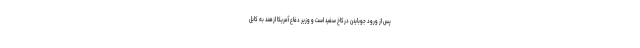
پس از ورود جوبایدن درکاخ سفید است و وزیر دفاع آمریکا ازهند به کابل